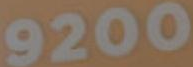
9200